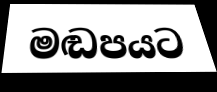
මඬපයට